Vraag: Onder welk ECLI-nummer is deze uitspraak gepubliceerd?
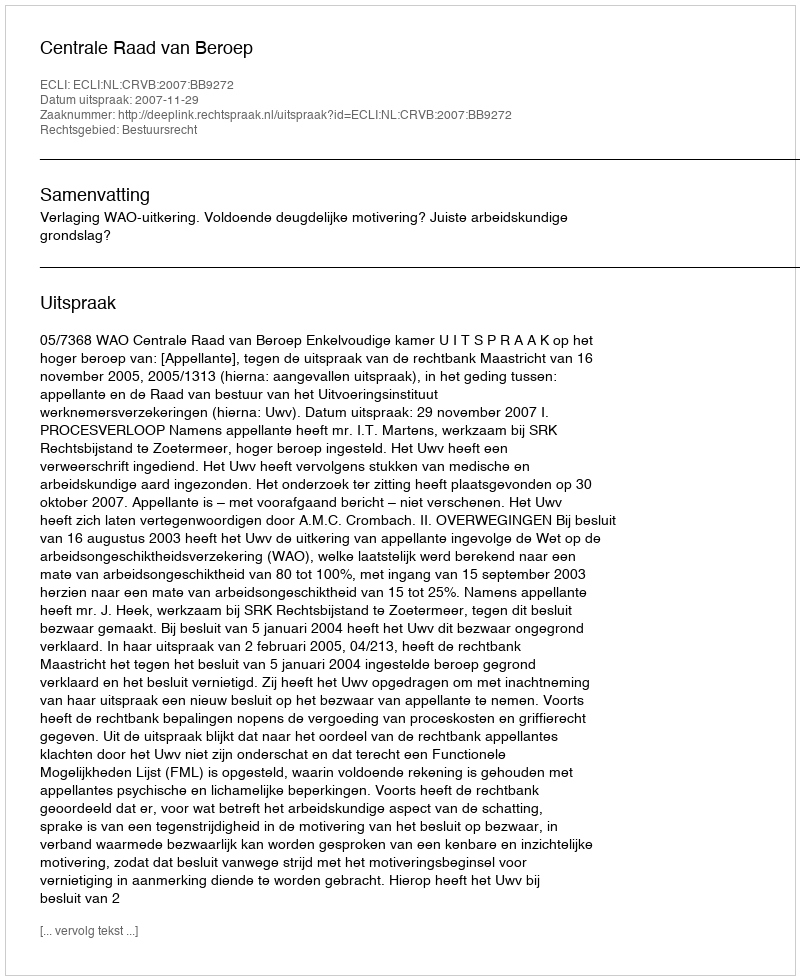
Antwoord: ECLI:NL:CRVB:2007:BB9272